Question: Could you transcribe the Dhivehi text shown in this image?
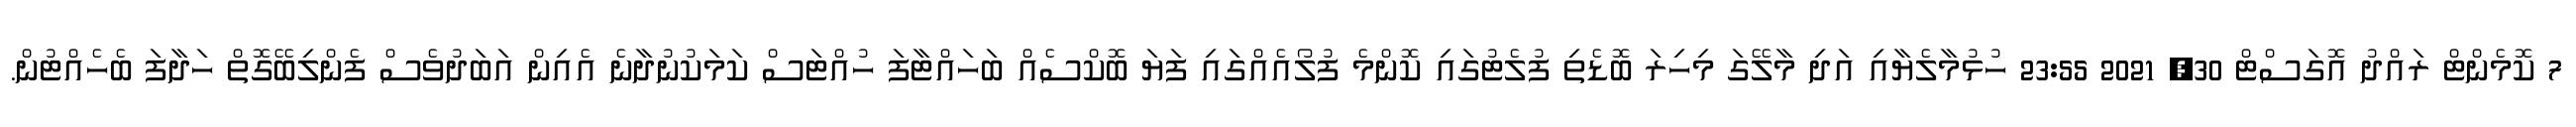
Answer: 7 ކޮމެންޓް ރައްދު އޮގަސްޓް 30, 2021 23:55 ހުޅުމާލެޔާއި އަދި މާލޭގަ މިހިރަ ބޮޑެތި ފުލެޓުގައި ކޮންމެ ފުލޯއެއްގައި ފަޔަ ބޮކްސެއް ބަހައްޓާފަ ހުއްޓަސް ކަމަކުނުދާނެ އެއިން އަބަދުވެސް ފެންލިބޭގޮތް ހަދާފަ ބެހެއްޓުން.